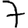
Digit: 7